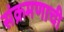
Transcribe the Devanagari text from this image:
संक्रमणाची